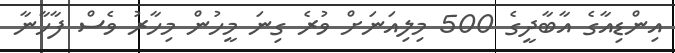
އިންޑިއާގެ އާބާދީގެ 500 މިލިއަނަށް ވުރެ ގިނަ މީހުން މިހާރު ވެސް ފާހާނާ